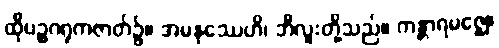
ထိုပဉ္စဂရုကဇာတ်၌။ အမနုဿေဟိ၊ ဘီလူးတို့သည်။ ကန္တာရမဇ္ဈေ၊